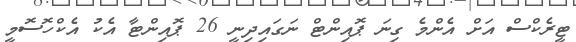
ޓީރެކްސް އަށް އެންމެ ގިނަ ޕޮއިންޓް ނަގައިދިނީ 26 ޕޮއިންޓާ އެކު އެކްހޮސޮމީ